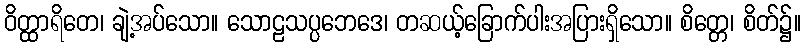
ဝိတ္ထာရိတေ၊ ချဲ့အပ်သော။ သောဠသပ္ပဘေဒေ၊ တဆယ့်ခြောက်ပါးအပြားရှိသော။ စိတ္တေ၊ စိတ်၌။